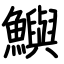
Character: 鱮